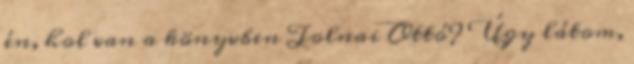
én, hol van a könyvben Tolnai Ottó? Úgy látom,